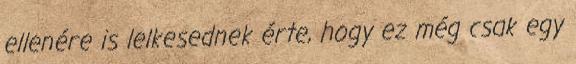
ellenére is lelkesednek érte, hogy ez még csak egy